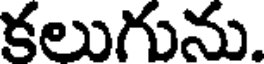
కలుగును.